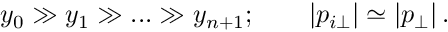
y _ { 0 } \gg y _ { 1 } \gg . . . \gg y _ { n + 1 } ; \qquad | p _ { i \perp } | \simeq | p _ { \perp } | \, .